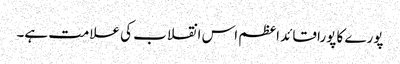
پورے کا پورا قائد اعظم اس انقلاب کی علامت ہے۔